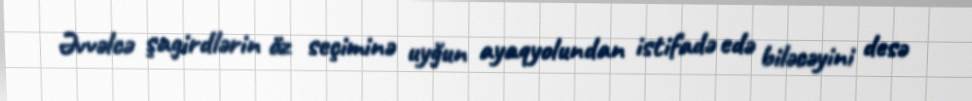
Əvvəlcə şagirdlərin öz seçiminə uyğun ayaqyolundan istifadə edə biləcəyini desə